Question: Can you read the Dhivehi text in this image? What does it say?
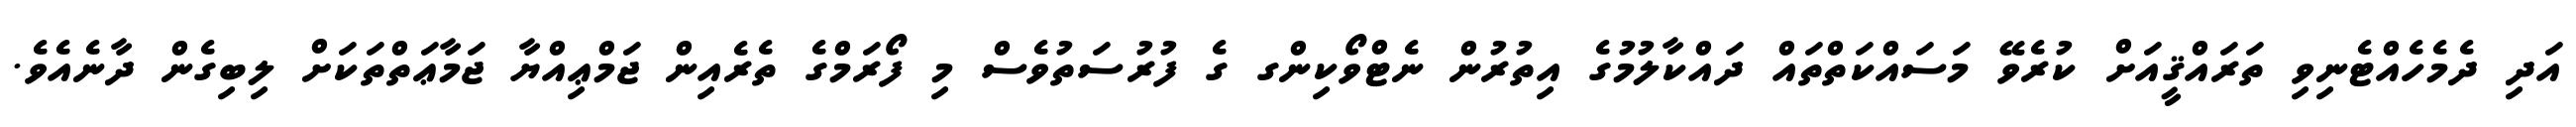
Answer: އަދި ދެމެހެއްޓެނިވި ތަރައްޤީއަށް ކުރެވޭ މަސައްކަތްތައް ދައްކާލުމުގެ އިތުރުން ނެޓްވޯކިންގ ގެ ފުރުސަތުވެސް މި ފޯރަމްގެ ތެރެއިން ޖަމްޢިއްޔާ ޖަމާޢަތްތަކަށް ލިބިގެން ދާނެއެވެ.